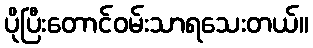
ပိုပြီးတောင်ဝမ်းသာရသေးတယ်။